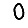
Digit: 0